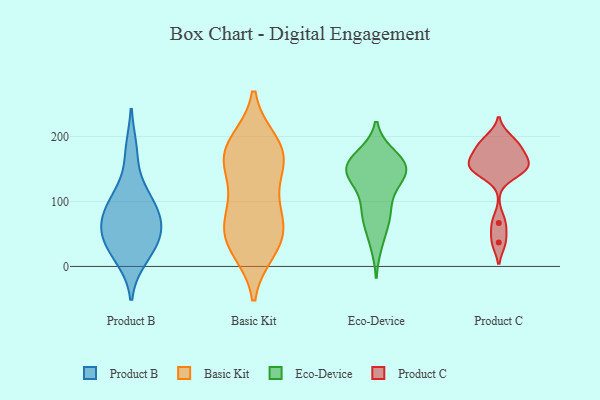
{"axis": {"x": "Headcount", "y": "Value"}, "legend": ["Basic Kit", "Eco-Device", "Product B", "Product C"], "data": [{"x": "", "y": 76, "type": "Product B"}, {"x": "", "y": 178, "type": "Product B"}, {"x": "", "y": 107, "type": "Product B"}, {"x": "", "y": 26, "type": "Product B"}, {"x": "", "y": 13, "type": "Product B"}, {"x": "", "y": 108, "type": "Product B"}, {"x": "", "y": 49, "type": "Product B"}, {"x": "", "y": 77, "type": "Product B"}, {"x": "", "y": 63, "type": "Product B"}, {"x": "", "y": 42, "type": "Product B"}, {"x": "", "y": 177, "type": "Basic Kit"}, {"x": "", "y": 184, "type": "Basic Kit"}, {"x": "", "y": 54, "type": "Basic Kit"}, {"x": "", "y": 81, "type": "Basic Kit"}, {"x": "", "y": 148, "type": "Basic Kit"}, {"x": "", "y": 162, "type": "Basic Kit"}, {"x": "", "y": 38, "type": "Basic Kit"}, {"x": "", "y": 166, "type": "Basic Kit"}, {"x": "", "y": 69, "type": "Basic Kit"}, {"x": "", "y": 102, "type": "Basic Kit"}, {"x": "", "y": 190, "type": "Basic Kit"}, {"x": "", "y": 36, "type": "Basic Kit"}, {"x": "", "y": 27, "type": "Basic Kit"}, {"x": "", "y": 116, "type": "Eco-Device"}, {"x": "", "y": 163, "type": "Eco-Device"}, {"x": "", "y": 36, "type": "Eco-Device"}, {"x": "", "y": 71, "type": "Eco-Device"}, {"x": "", "y": 169, "type": "Eco-Device"}, {"x": "", "y": 146, "type": "Eco-Device"}, {"x": "", "y": 154, "type": "Eco-Device"}, {"x": "", "y": 80, "type": "Eco-Device"}, {"x": "", "y": 85, "type": "Eco-Device"}, {"x": "", "y": 152, "type": "Eco-Device"}, {"x": "", "y": 140, "type": "Eco-Device"}, {"x": "", "y": 152, "type": "Eco-Device"}, {"x": "", "y": 146, "type": "Eco-Device"}, {"x": "", "y": 149, "type": "Product C"}, {"x": "", "y": 67, "type": "Product C"}, {"x": "", "y": 179, "type": "Product C"}, {"x": "", "y": 37, "type": "Product C"}, {"x": "", "y": 167, "type": "Product C"}, {"x": "", "y": 151, "type": "Product C"}, {"x": "", "y": 146, "type": "Product C"}, {"x": "", "y": 158, "type": "Product C"}, {"x": "", "y": 197, "type": "Product C"}, {"x": "", "y": 187, "type": "Product C"}]}